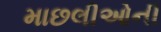
માછલીઓની